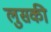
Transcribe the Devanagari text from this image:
लुसकी